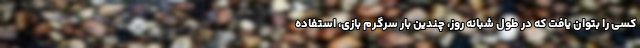
کسی را بتوان یافت که در طول شبانه روز، چندین بار سرگرم بازی، استفاده